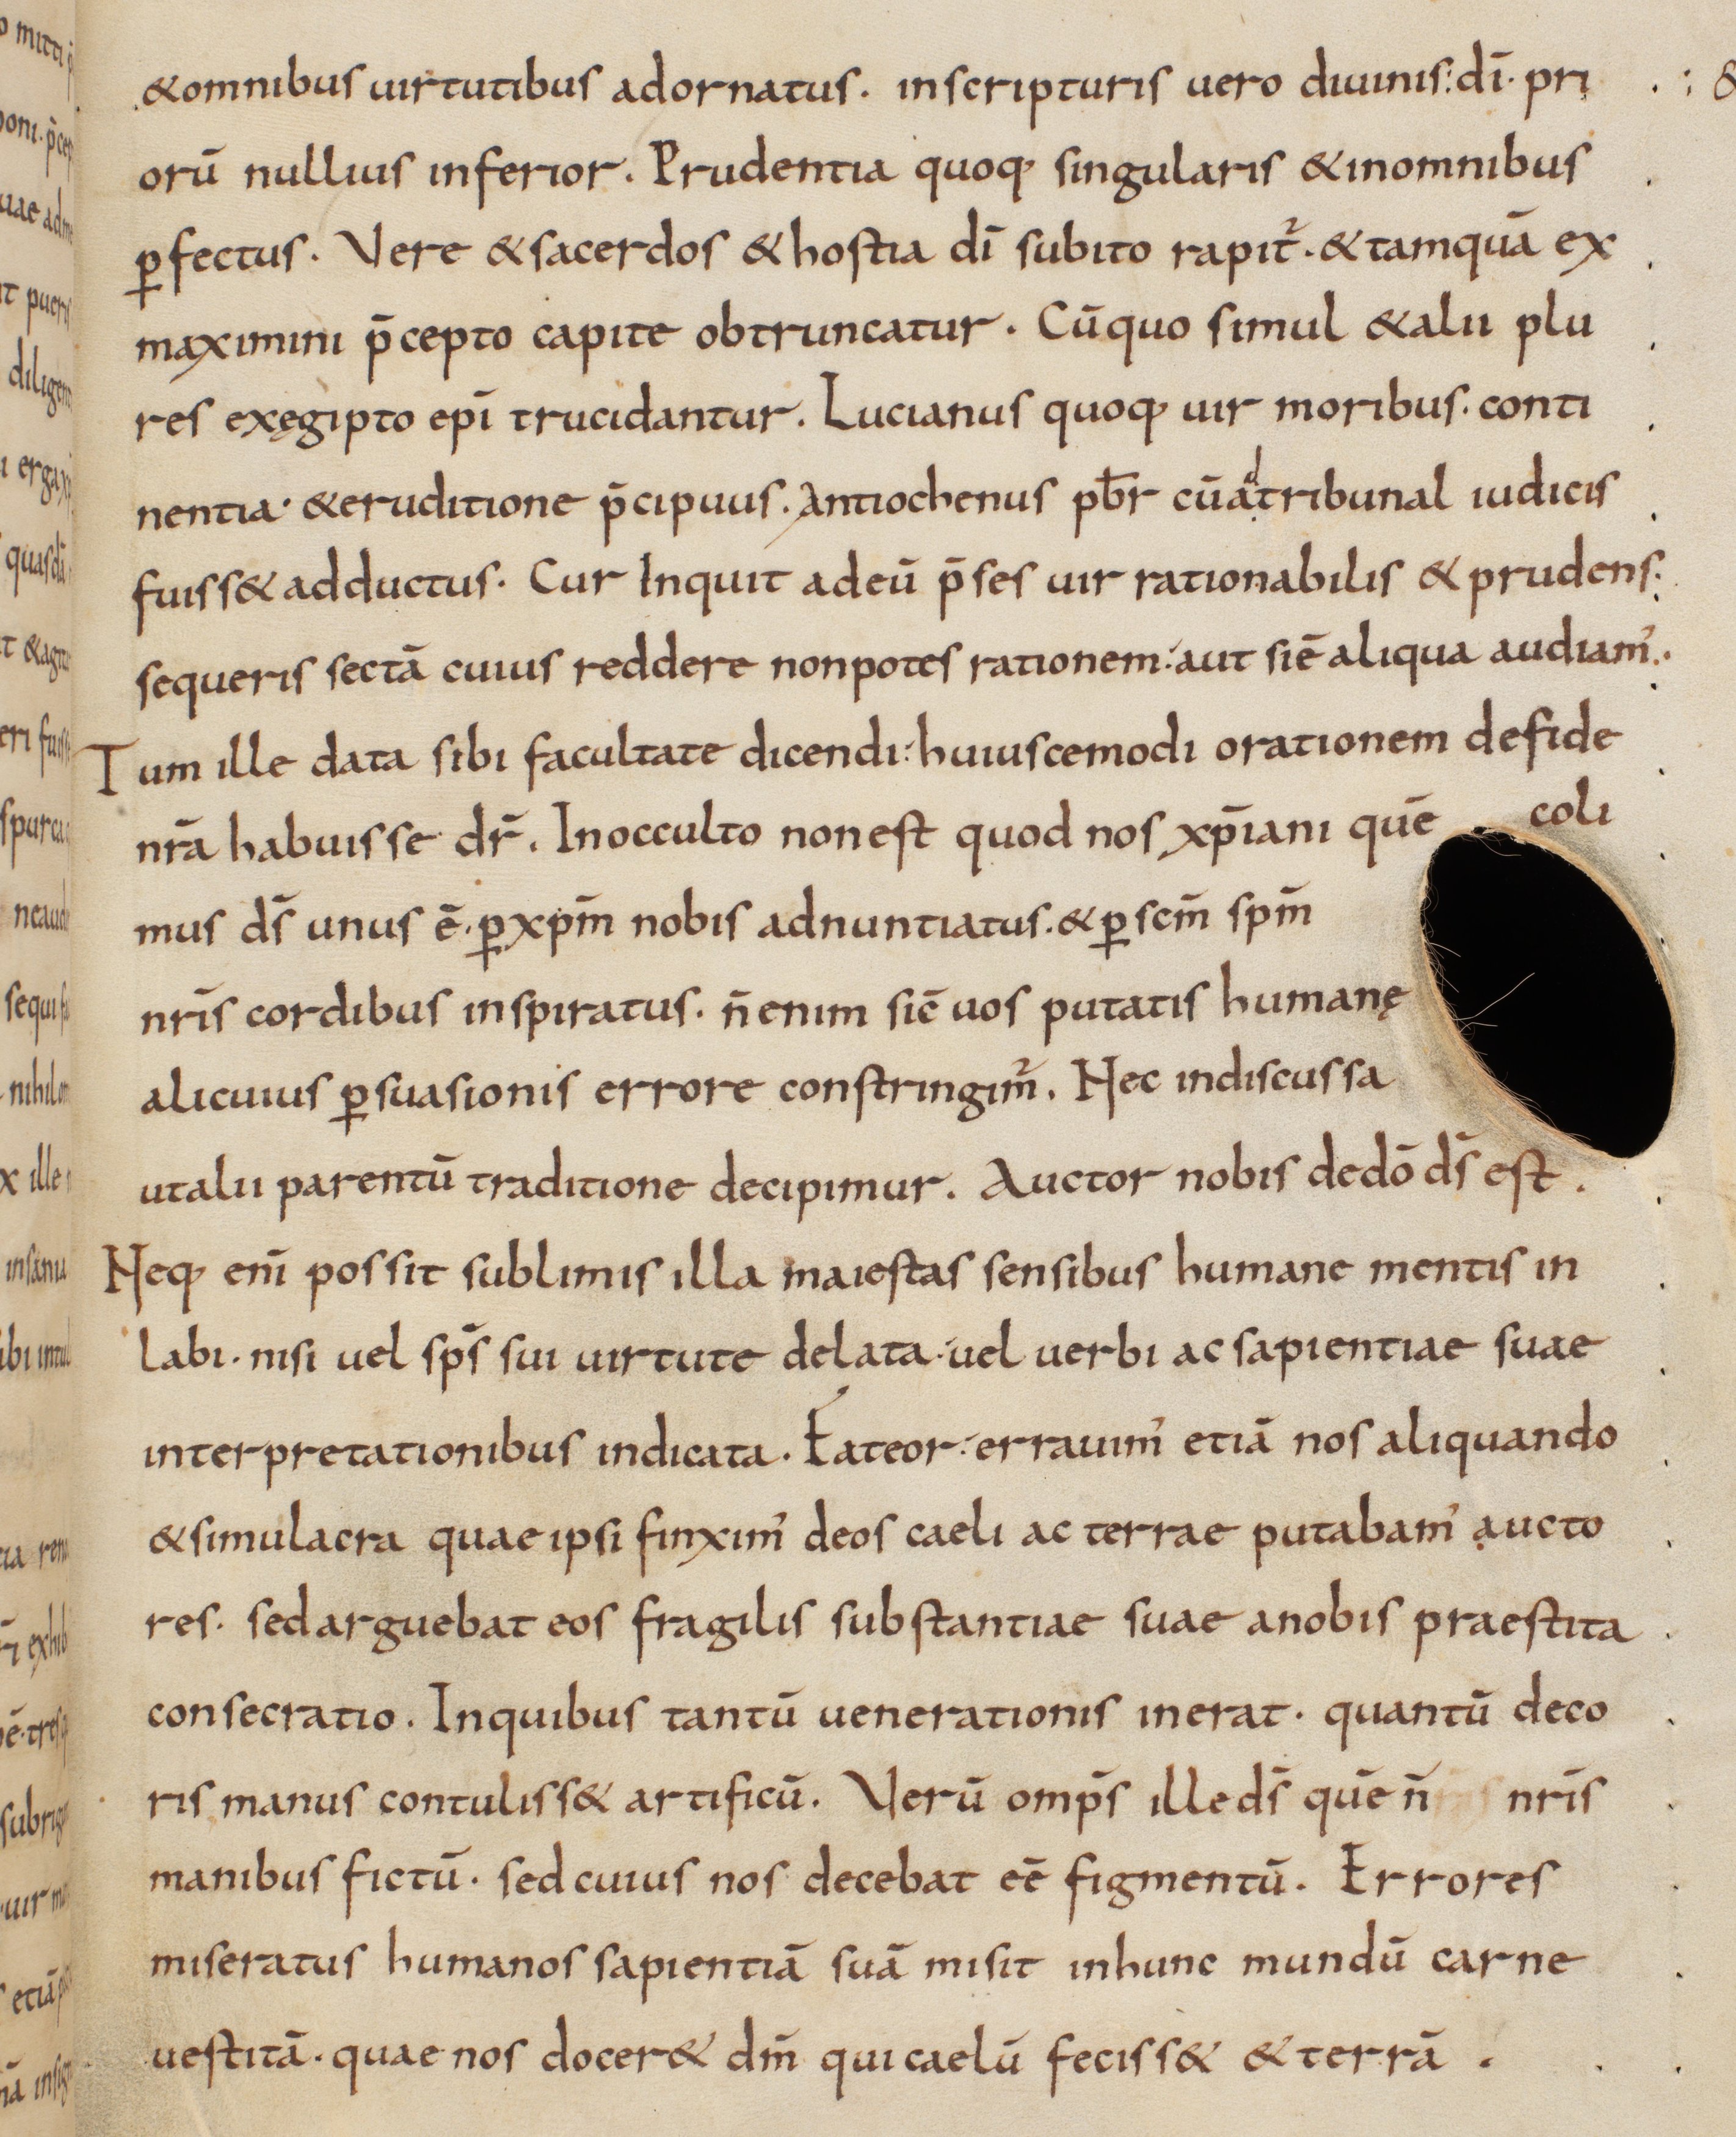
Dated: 833–865